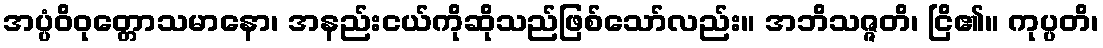
အပ္ပံဝိဝုတ္တောသမာနော၊ အနည်းငယ်ကိုဆိုသည်ဖြစ်သော်လည်း။ အဘိသဇ္ဇတိ၊ ငြိ၏။ ကုပ္ပတိ၊